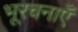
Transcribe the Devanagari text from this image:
भूरचनाएँ